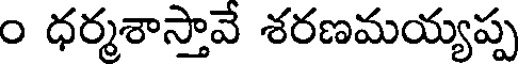
ం ధర్మశాస్తావే శరణమయ్యప్ప